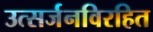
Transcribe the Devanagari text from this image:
उत्सर्जनविरहित